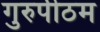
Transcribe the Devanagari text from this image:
गुरुपीठम